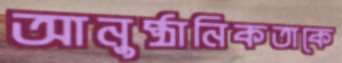
আনুষ্ঠানিকতাকে